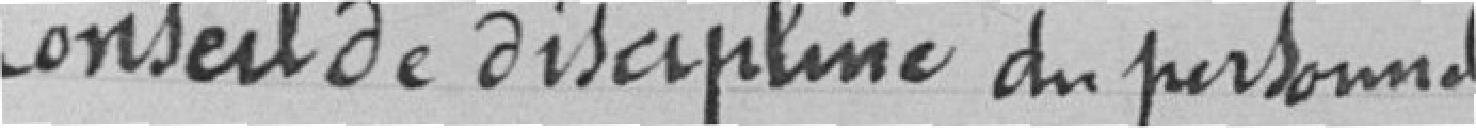
Conseil de Discipline du personnel